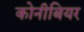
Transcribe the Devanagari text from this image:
कोनीबियर